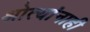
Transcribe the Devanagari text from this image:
श्रोत्यांनाही